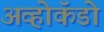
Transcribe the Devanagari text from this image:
अव्होकॅडो